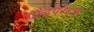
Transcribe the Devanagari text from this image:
गौडपेरेंट्स